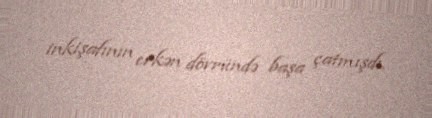
inkişafının erkən dövründə başa çatmışdı.